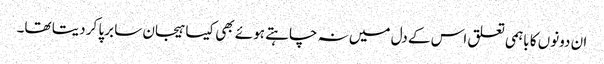
ان دونوں کا باہمی تعلق اس کے دل میں نہ چاہتے ہوئے بھی کیسا ہیجان سا برپا کر دیتا تھا۔